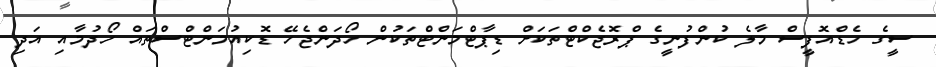
ސީގެ ހެޑްއޮފީސް މާލެ ކުންފުނީގެ ޕްރޮޖެކްޓްތަކަށް ޑިޕާޓްމަންޓްތަކުން ހޯދަންޖެހޭ ޑޮކިއުމަންޓްސްތައް ހޯދުމާއި އަދި